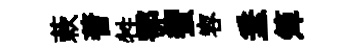
蔌蓍牲鄂蠁容垂𥱼